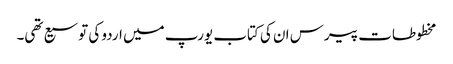
مخطوطات پیرس ان کی کتاب یورپ میں اردو کی توسیع تھی۔